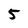
Character: 5